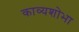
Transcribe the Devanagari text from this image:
काव्यशोभा